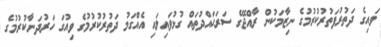
ވައިގެ ދަތުރުފަތުރުކުރުމުގެ ނިޒާމަކުން ރާއްޖޭގެ ސަރަޙައްދުތައް ގުޅުވައިލައި އެއްގަމު ދަތުރުކުރުމުގެ ވިއުގަ ހަރުދަނާކުރުމުގެ